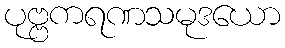
ပုဗ္ဗကရဏသမုဒယော